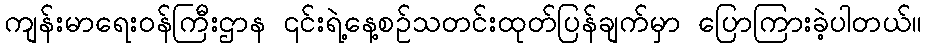
ကျန်းမာရေးဝန်ကြီးဌာန ၎င်းရဲ့နေ့စဉ်သတင်းထုတ်ပြန်ချက်မှာ ပြောကြားခဲ့ပါတယ်။